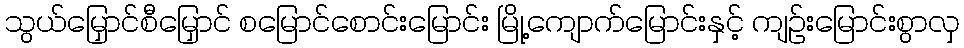
သွယ်မြှောင်စီမြှောင် စမြောင်စောင်းမြောင်း မြို့ကျောက်မြောင်းနှင့် ကျဉ်းမြောင်းစွာလှ